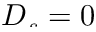
\smash { \ensuremath { D _ { s } } = 0 }